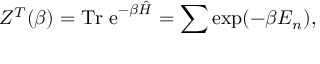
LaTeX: Z ^ { T } ( \beta ) = { \mathrm { T r ~ e } } ^ { - \beta \hat { H } } = \sum \exp ( - \beta E _ { n } ) ,